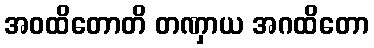
အဝထိတောတိ တဏှာယ အဂထိတော